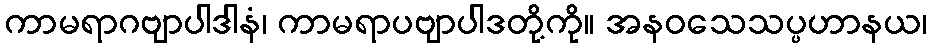
ကာမရာဂဗျာပါဒါနံ၊ ကာမရာပဗျာပါဒတို့ကို။ အနဝသေသပ္ပဟာနယ၊